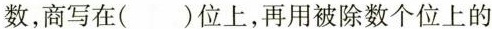
数，商写在( )位上，再用被除数个位上的